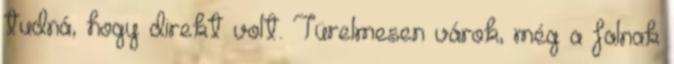
tudná, hogy direkt volt. Türelmesen várok, még a falnak